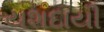
યશદાયી